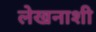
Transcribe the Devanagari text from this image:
लेखनाशी